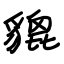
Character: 貔